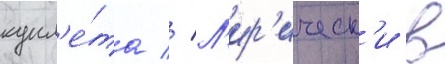
купл'е́та // Л'ир'ическ'и в